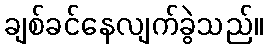
ချစ်ခင်နေလျက်ခွဲသည်။